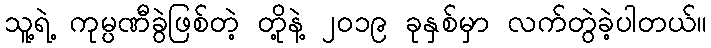
သူ့ရဲ့ ကုမ္ပဏီခွဲဖြစ်တဲ့ တို့နဲ့ ၂၀၁၉ ခုနှစ်မှာ လက်တွဲခဲ့ပါတယ်။